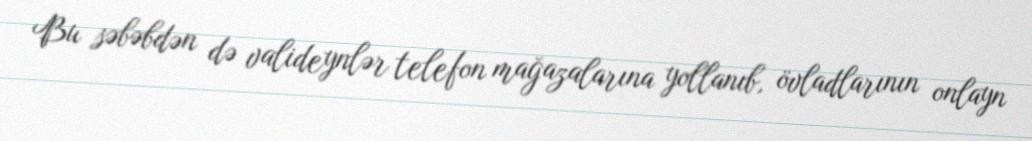
Bu səbəbdən də valideynlər telefon mağazalarına yollanıb, övladlarının onlayn